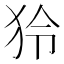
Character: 狑